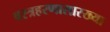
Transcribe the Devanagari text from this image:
वस्त्रहरणासारख्या